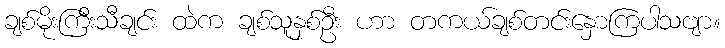
ချစ်မိုးကြီးသီချင်း ထဲက ချစ်သူနှစ်ဦး ဟာ တကယ်ချစ်တင်းနှောကြပါသဗျာ။